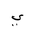
Letter: _ya